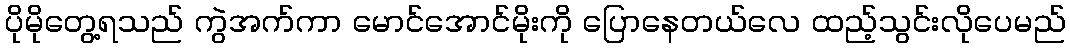
ပိုမိုတွေ့ရသည် ကွဲအက်ကာ မောင်အောင်မိုးကို ပြောနေတယ်လေ ထည့်သွင်းလိုပေမည်